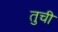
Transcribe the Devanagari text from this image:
तुची